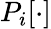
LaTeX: P_{i}[\cdot]